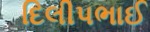
દિલીપભાઈ